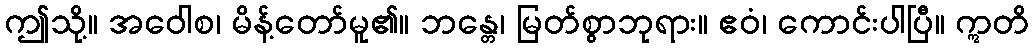
ဤသို့။ အဝေါစ၊ မိန့်တော်မူ၏။ ဘန္တေ၊ မြတ်စွာဘုရား။ ဧဝံ၊ ကောင်းပါပြီ။ ဣတိ